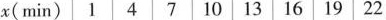
x(min)1471013161922